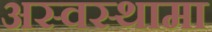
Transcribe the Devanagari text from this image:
अस्वस्थामा